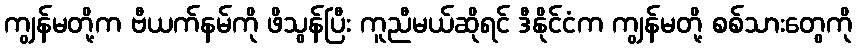
ကျွန်မတို့က ဗီယက်နမ်ကို ဖိသွန်ပြီး ကူညီမယ်ဆိုရင် ဒီနိုင်ငံက ကျွန်မတို့ စစ်သားတွေကို